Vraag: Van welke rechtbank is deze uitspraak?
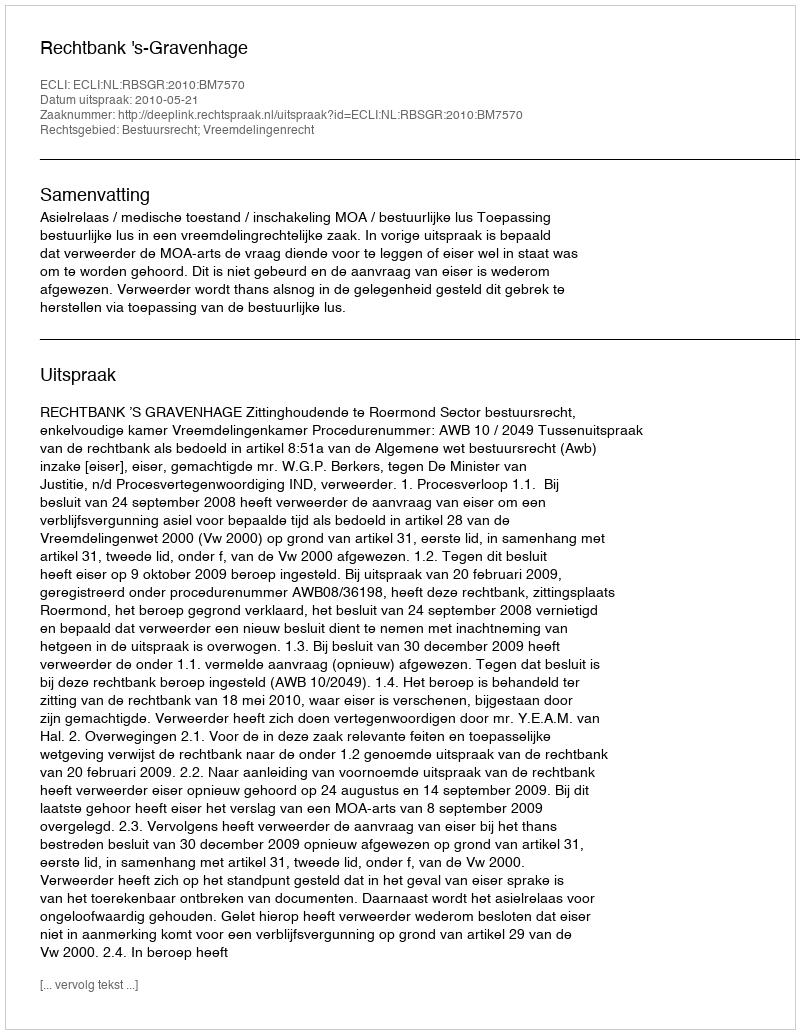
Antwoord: Rechtbank 's-Gravenhage